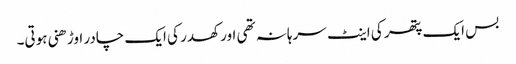
بس ایک پتھر کی اینٹ سرہانہ تھی اور کھدر کی ایک چادر اوڑھنی ہوتی۔